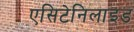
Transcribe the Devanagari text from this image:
एसिटेनिलाइड